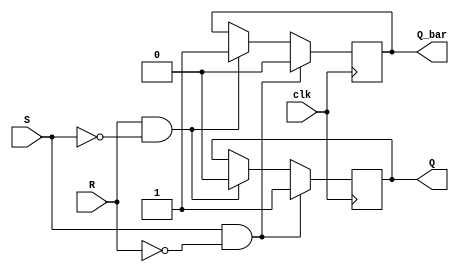
module sr_flip_flop (
    input clk,
    input S,
    input R,
    output Q,
    output Q_bar
);

reg Q, Q_bar;

always @(posedge clk) begin
    if (S && !R) begin
        Q <= 1;
        Q_bar <= 0;
    end else if (R && !S) begin
        Q <= 0;
        Q_bar <= 1;
    end
end

endmodule